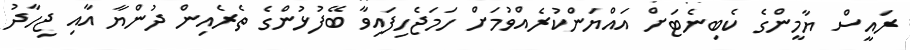
ރައީސް ޔާމީންގެ ކެބިނެޓަށް އައްޔަންކުރެއްވުމަށް ހަމަޖެހިފައިވާ ބޭފުޅުންގެ ތެރެއިން ދުންޔާ އާއި ޖިހާދު